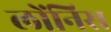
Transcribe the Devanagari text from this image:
लोंनिस